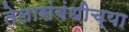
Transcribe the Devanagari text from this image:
तेलासंबंधीच्या